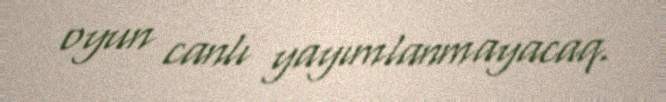
oyun canlı yayımlanmayacaq.